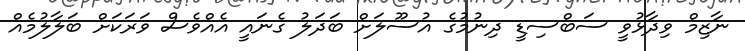
ނާޒިމް ވިދާޅުވީ ސަބްސިޑީ ދިނުމުގެ އުސޫލަށް ބަދަލު ގެނައީ އެއްވެސް ވަރަކަށް ބަލާލުމެއް